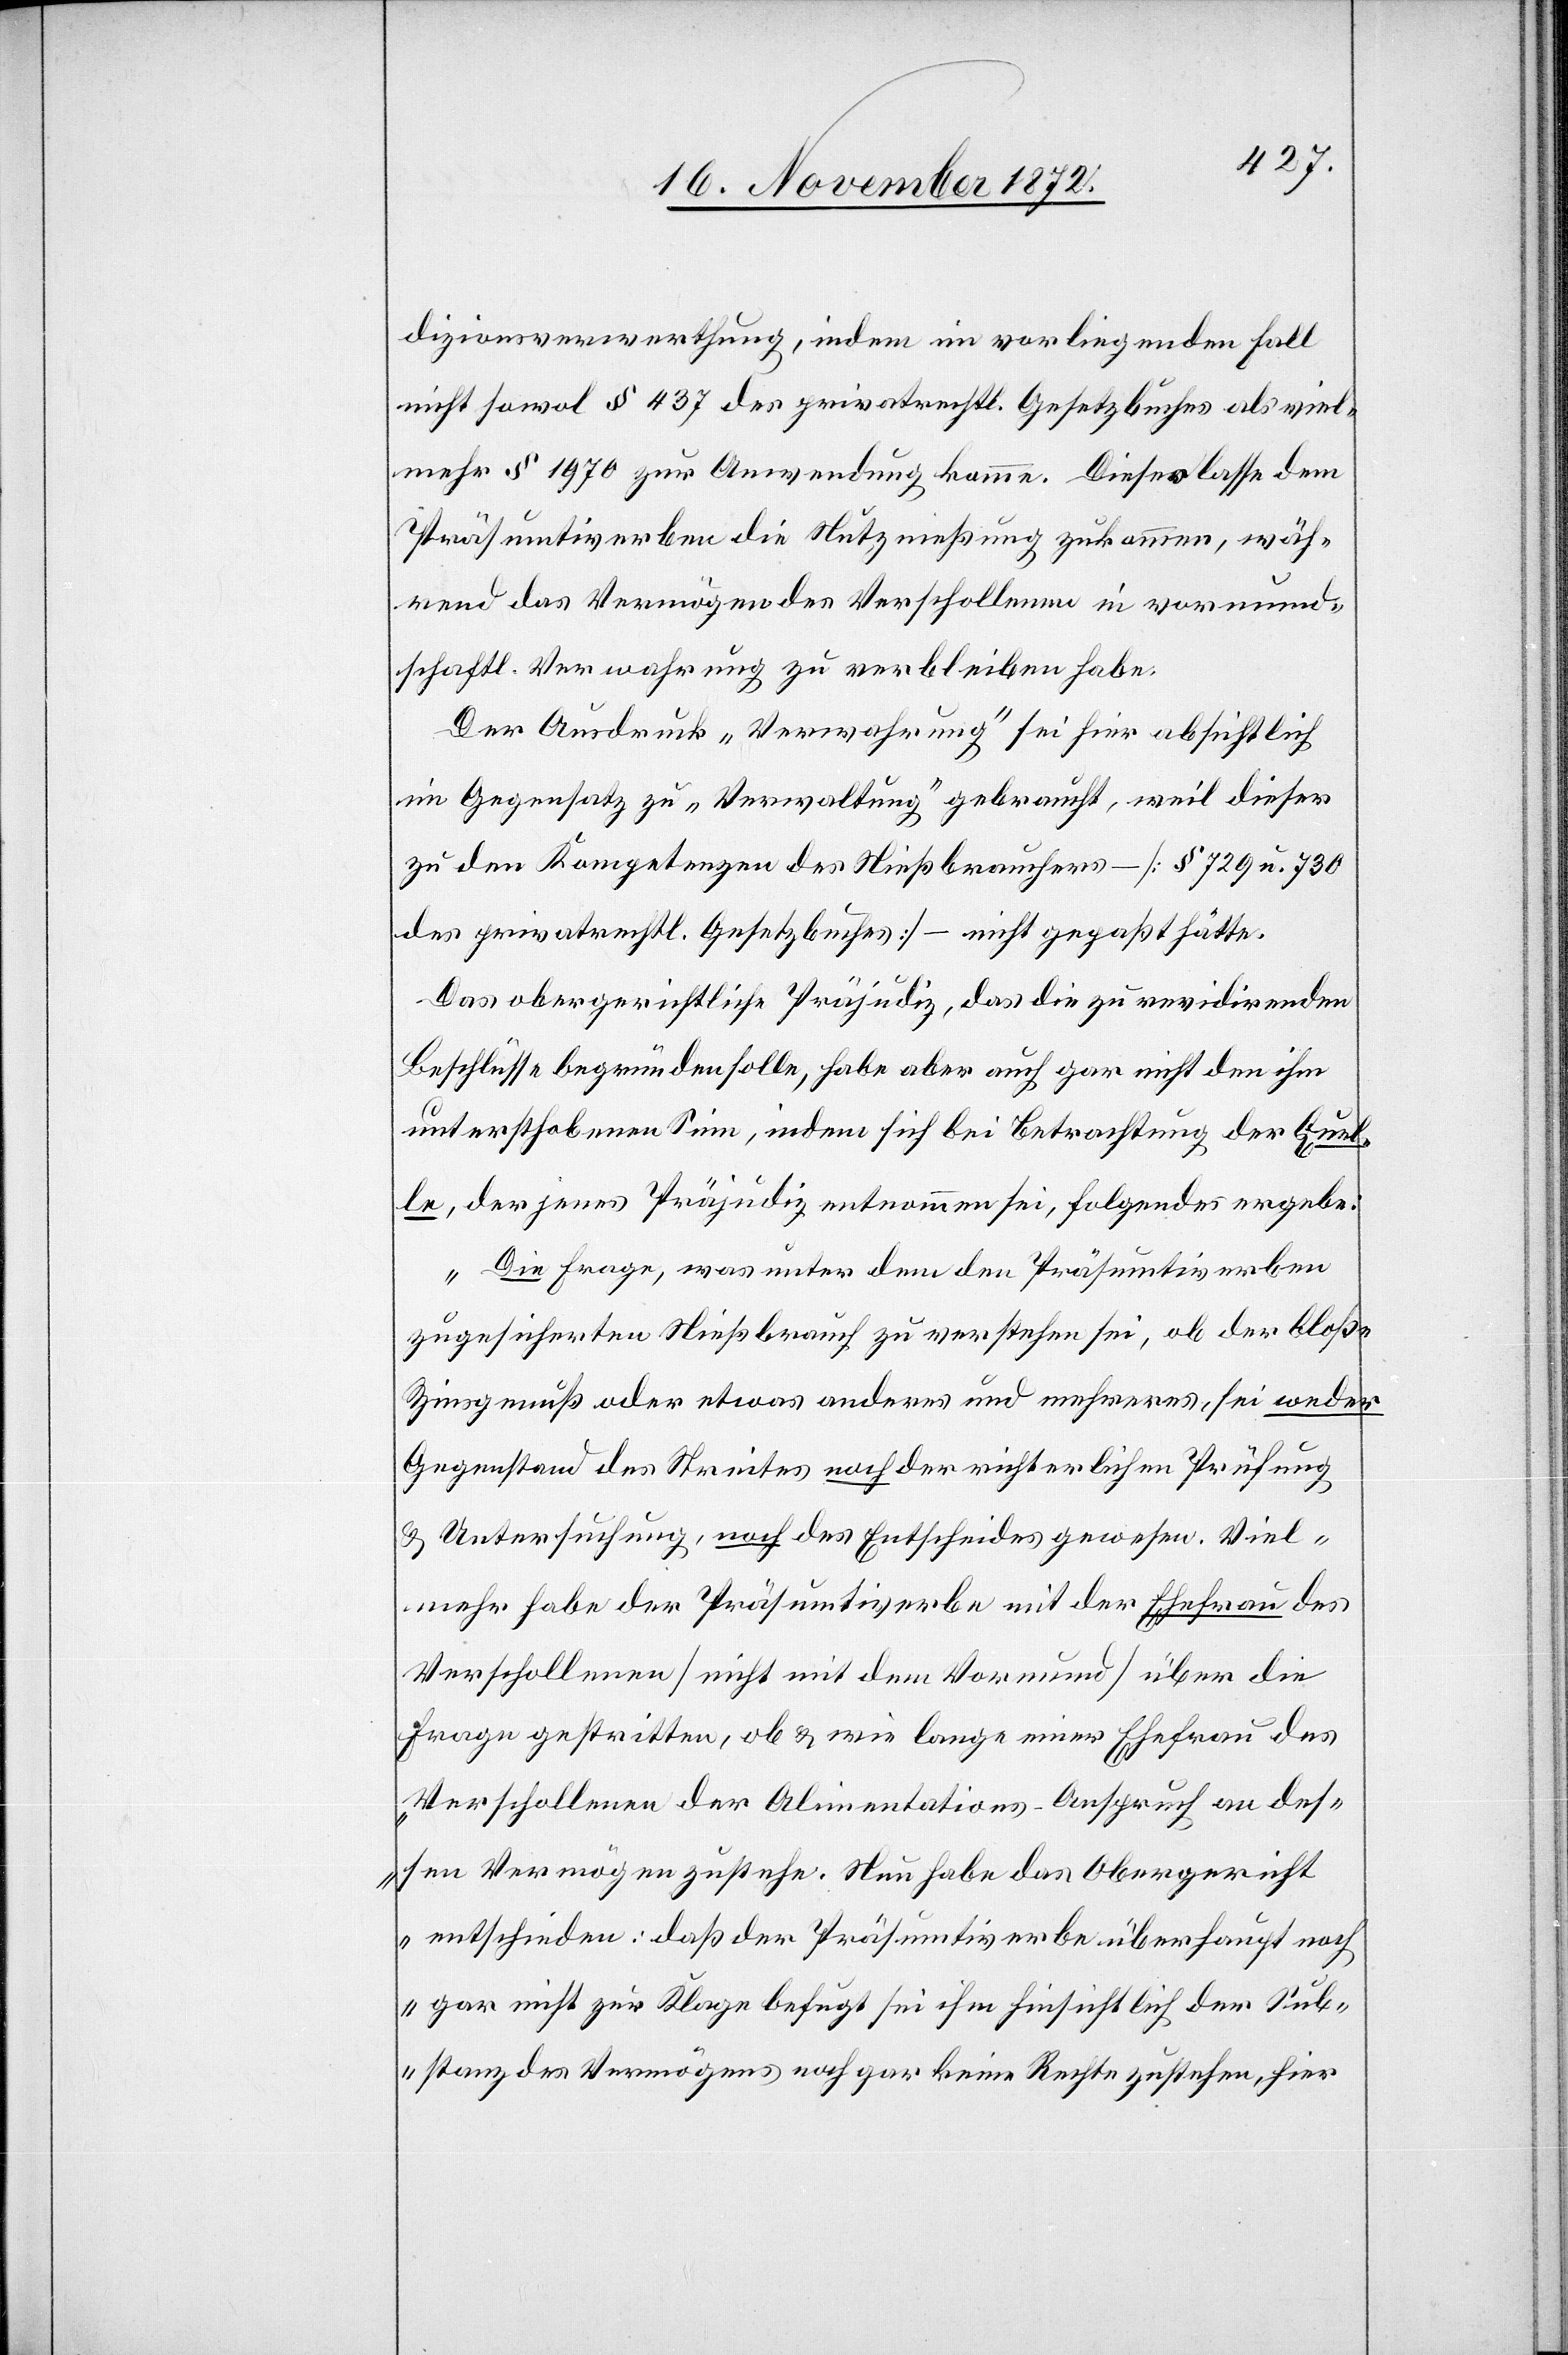
dizionsverwerthung, indem im vorliegenden Falle
nicht sowol § 437 des privatrechtl. Gesetzbuches als viel¬
mehr § 1970 zur Anwendung komme. Dieses lasse dem
Präsumtiverben die Nutznießung zukommen, wäh¬
rend das Vermögen des Verschollenen in vormund¬
schaftl. Verwahrung zu verbleiben habe.
Der Ausdruck „Verwahrung“ sei hier absichtlich
im Gegensatz zu „Verwaltung“ gebraucht, weil dieser
zu den Kompetenzen des Nießbrauchers – [§ 729 u. 730
des privatrechtl. Gesetzbuches] – nicht gepaßt hätte.
Das obergerichtliche Präjudiz, das die zu revidirenden
Beschlüsse begründen solle, habe aber auch gar nicht den ihm
unterschobenen Sinne, indem sich bei Betrachtung der Quel¬
le, der jenes Präjudiz entnommen sei, folgendes ergebe:
„Die Frage, was unter dem den Präsumtiverben
zugesicherten Nießbrauch zu verstehen sei, ob der bloße
Zinsgenuß oder etwas anderes und mehreres, sei weder
Gegenstand des Streites noch der richterlichen Prüfung
u. Untersuchung, noch des Entscheides gewesen. Viel¬
mehr habe der Präsumtiverbe mit der Ehefrau des
Verschollenen [nicht mit dem Vormund] über die
Frage gestritten, ob u. wie lange einer Ehefrau des
Verschollenen der Alimentations-Anspruch an des¬
sen Vermögen zustehe. Nun habe das Obergericht
entschieden: „daß der Präsumtiverbe überhaupt noch
gar nicht zur Klage befugt sei [und] ihm hinsichtlich der Sub¬
stanz des Vermögens noch gar keine Rechte zustehen, hier